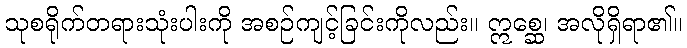
သုစရိုက်တရားသုံးပါးကို အစဉ်ကျင့်ခြင်းကိုလည်း။ ဣစ္ဆေ၊ အလိုရှိရာ၏။